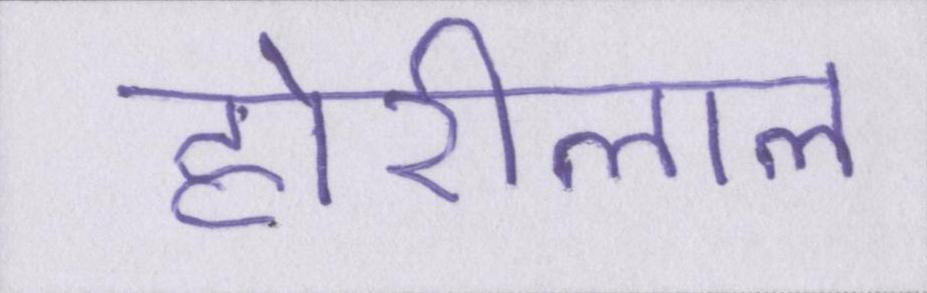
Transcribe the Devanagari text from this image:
होरीलाल